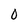
Character: 0